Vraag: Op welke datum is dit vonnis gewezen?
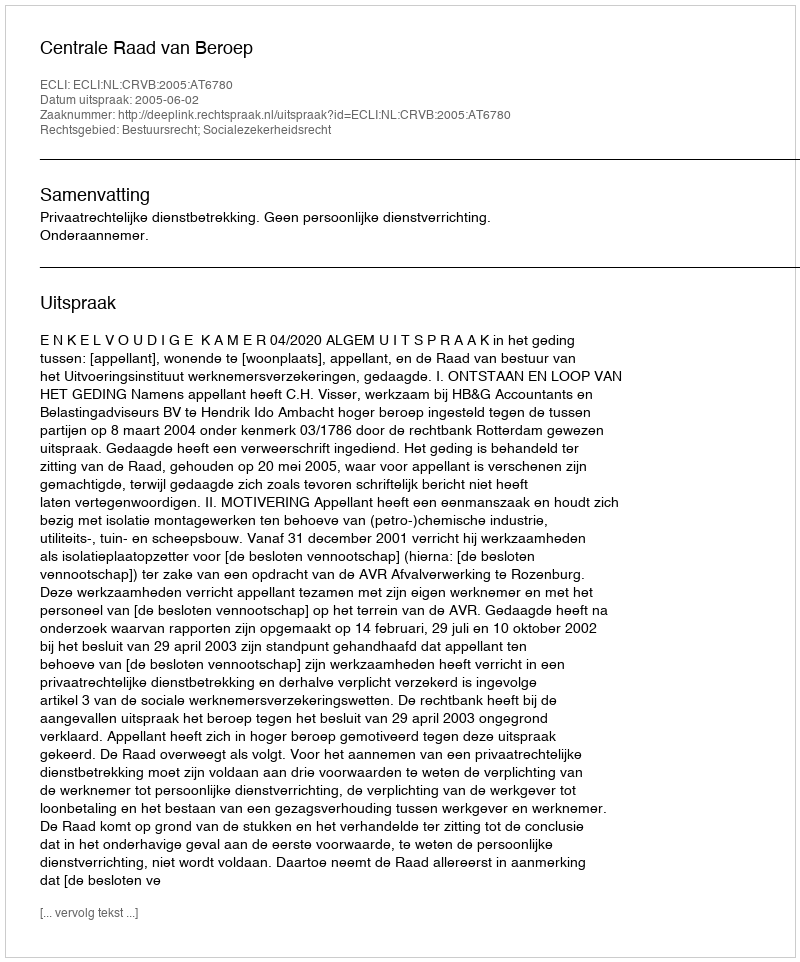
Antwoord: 2005-06-02